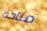
متاحة